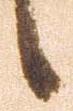
候